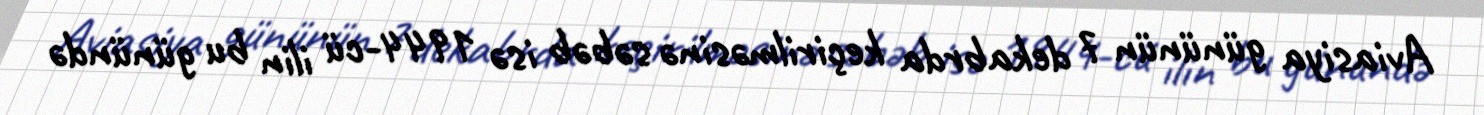
Aviasiya gününün 7 dekabrda keçirilməsinə səbəb isə 1944-cü ilin bu günündə